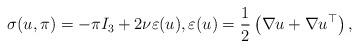
LaTeX: \begin{align*}\sigma(u,\pi) = -\pi I_{3} + 2\nu \varepsilon(u), \varepsilon(u) = \frac{1}{2}\left(\nabla u + \nabla u ^{\top} \right),\end{align*}